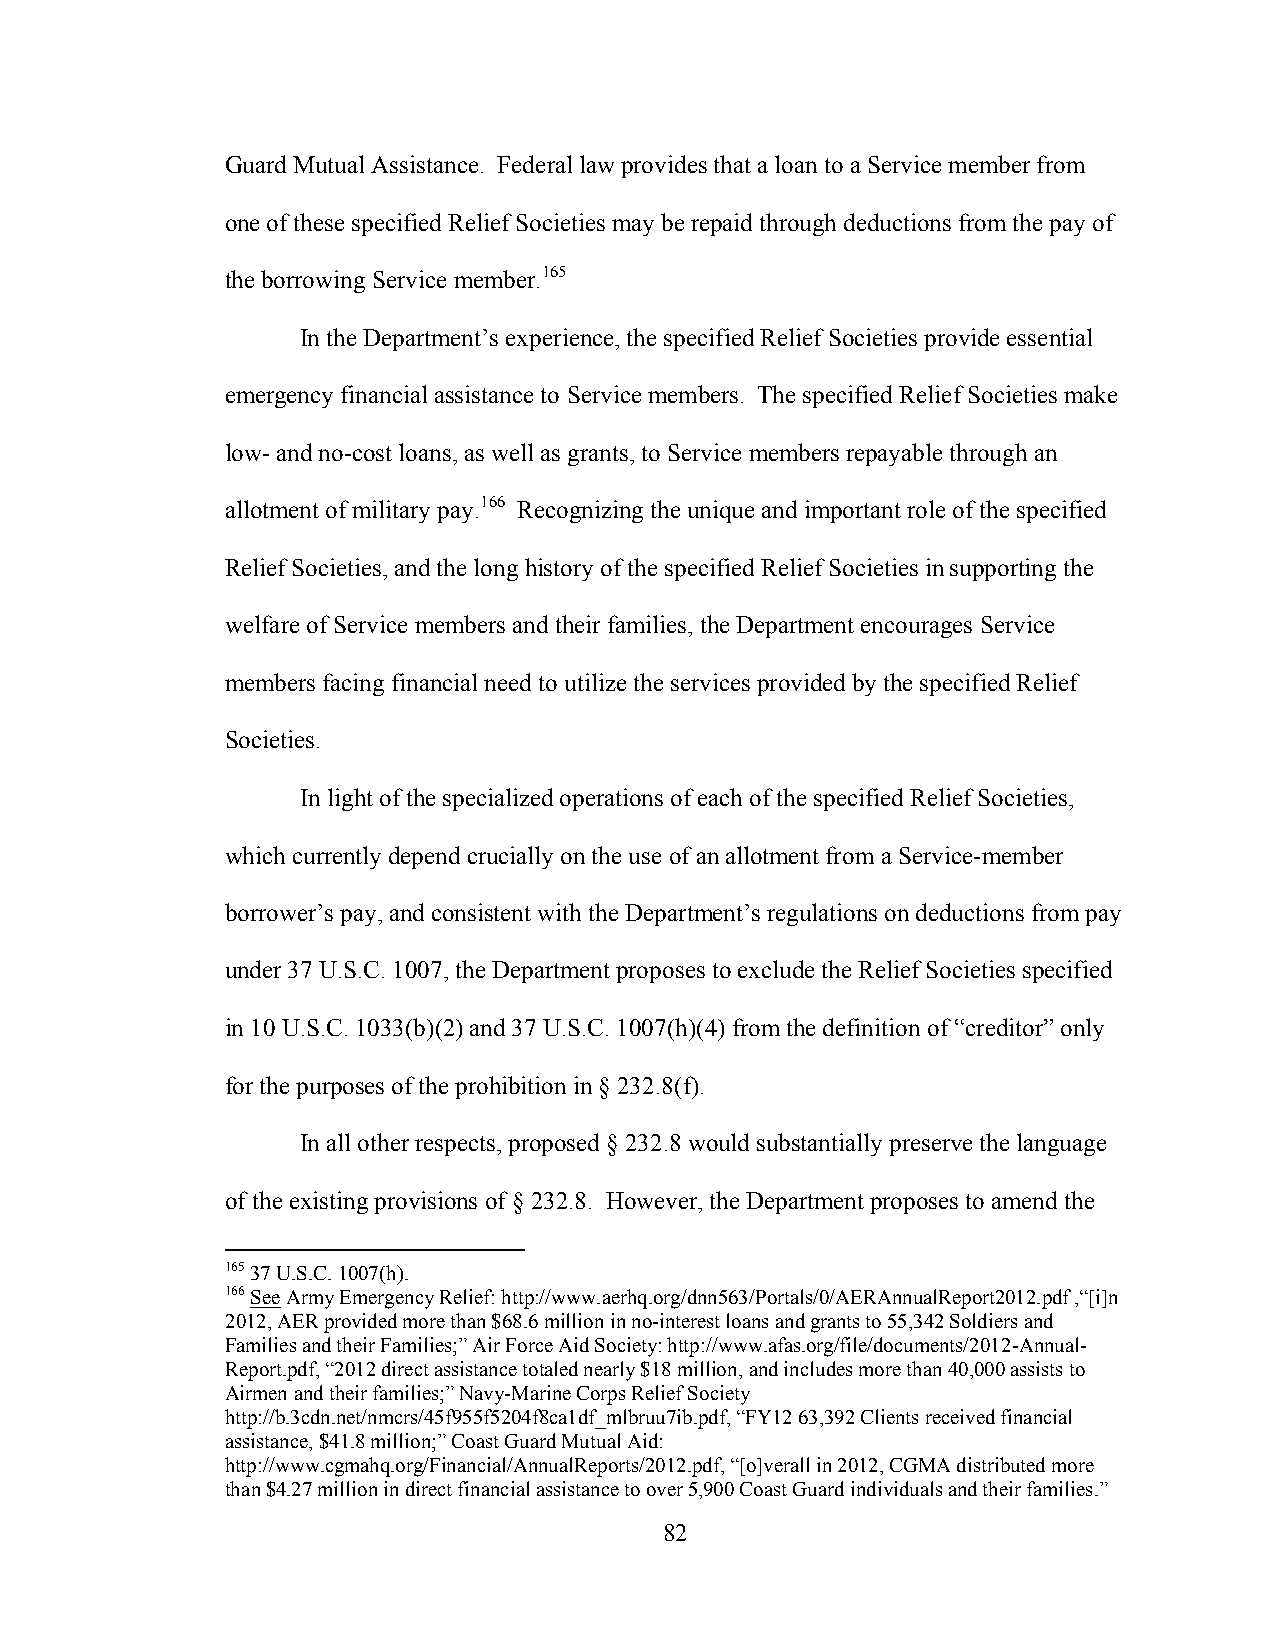
Guard Mutual Assistance. Federal law provides that a loan to a Service member from
 one of these specified Relief Societies may be repaid through deductions from the pay of
 the borrowing Service member.165
 In the Department’s experience, the specified Relief Societies provide essential
 emergency financial assistance to Service members. The specified Relief Societies make
 low- and no-cost loans, as well as grants, to Service members repayable through an
 allotment of military pay.166 Recognizing the unique and important role of the specified
 Relief Societies, and the long history of the specified Relief Societies in supporting the
 welfare of Service members and their families, the Department encourages Service
 members facing financial need to utilize the services provided by the specified Relief
 Societies.
 In light of the specialized operations of each of the specified Relief Societies,
 which currently depend crucially on the use of an allotment from a Service-member
 borrower’s pay, and consistent with the Department’s regulations on deductions from pay
 under 37 U.S.C. 1007, the Department proposes to exclude the Relief Societies specified
 in 10 U.S.C. 1033(b)(2) and 37 U.S.C. 1007(h)(4) from the definition of “creditor” only
 for the purposes of the prohibition in § 232.8(f).
 In all other respects, proposed § 232.8 would substantially preserve the language
 of the existing provisions of § 232.8. However, the Department proposes to amend the
 165 37 U.S.C. 1007(h).
 166 See Army Emergency Relief: http://www.aerhq.org/dnn563/Portals/0/AERAnnualReport2012.pdf ,“[i]n
 2012, AER provided more than $68.6 million in no-interest loans and grants to 55,342 Soldiers and
 Families and their Families;” Air Force Aid Society: http://www.afas.org/file/documents/2012-Annual-
 Report.pdf, “2012 direct assistance totaled nearly $18 million, and includes more than 40,000 assists to
 Airmen and their families;” Navy-Marine Corps Relief Society
 http://b.3cdn.net/nmcrs/45f955f5204f8ca1df_mlbruu7ib.pdf, “FY12 63,392 Clients received financial
 assistance, $41.8 million;” Coast Guard Mutual Aid:
 http://www.cgmahq.org/Financial/AnnualReports/2012.pdf, “[o]verall in 2012, CGMA distributed more
 than $4.27 million in direct financial assistance to over 5,900 Coast Guard individuals and their families.”
 82